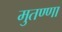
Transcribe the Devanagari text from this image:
मुतण्णा